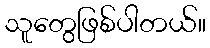
သူတွေဖြစ်ပါတယ်။